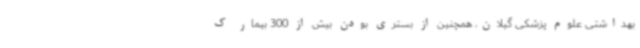
بهداشتی علوم پزشکی گیلان، همچنین از بستری بودن بیش از 300 بیمار ک